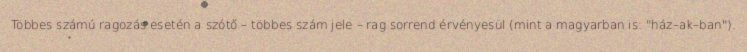
Többes számú ragozás esetén a szótő – többes szám jele – rag sorrend érvényesül (mint a magyarban is: "ház–ak–ban").